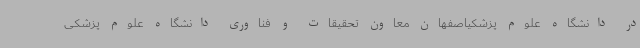
در دانشگاه علوم پزشکیاصفهان معاون تحقیقات و فناوری دانشگاه علوم پزشکی